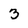
Character: 3